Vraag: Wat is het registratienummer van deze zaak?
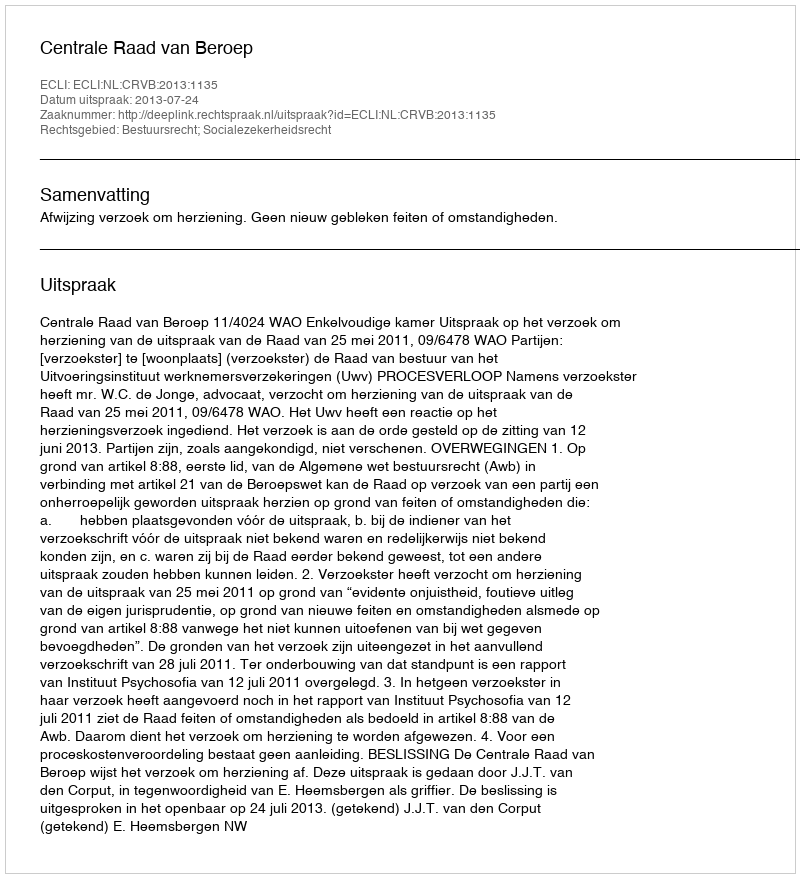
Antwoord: http://deeplink.rechtspraak.nl/uitspraak?id=ECLI:NL:CRVB:2013:1135